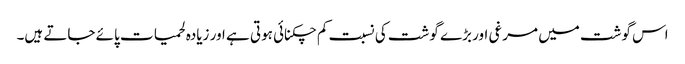
اس گوشت میں مرغی اور بڑے گوشت کی نسبت کم چکنائی ہوتی ہے اور زیادہ لحمیات پائے جاتے ہیں۔